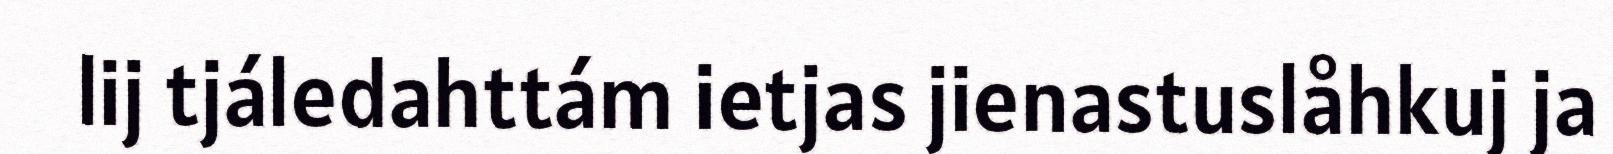
lij tjáledahttám ietjas jienastuslåhkuj ja